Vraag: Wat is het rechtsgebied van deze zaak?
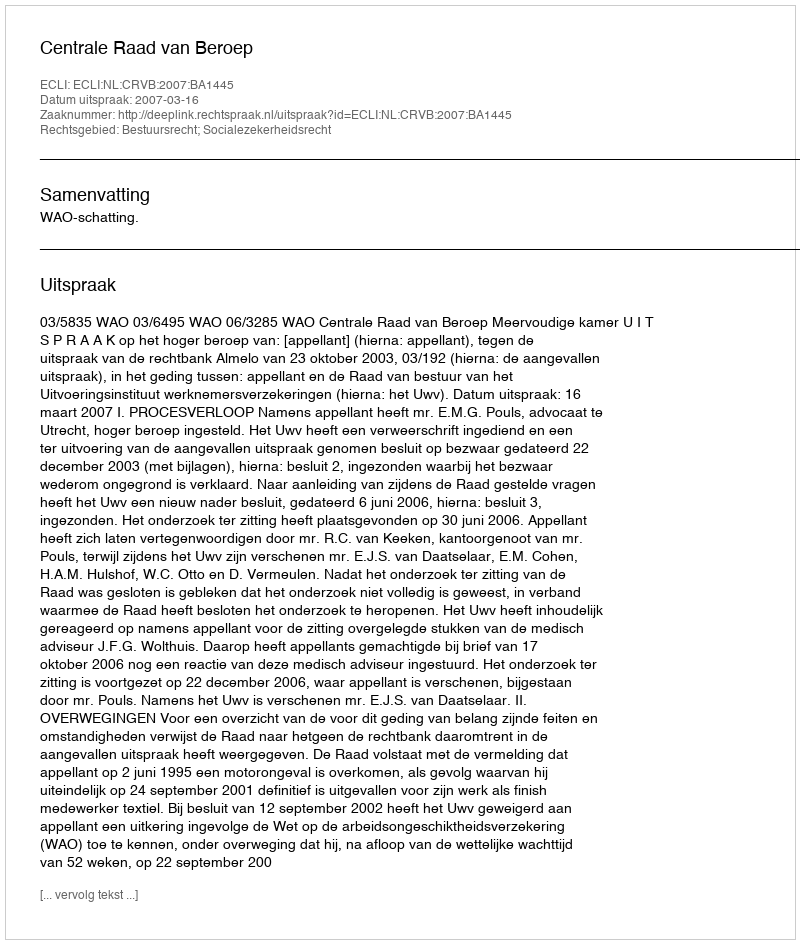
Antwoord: Bestuursrecht; Socialezekerheidsrecht